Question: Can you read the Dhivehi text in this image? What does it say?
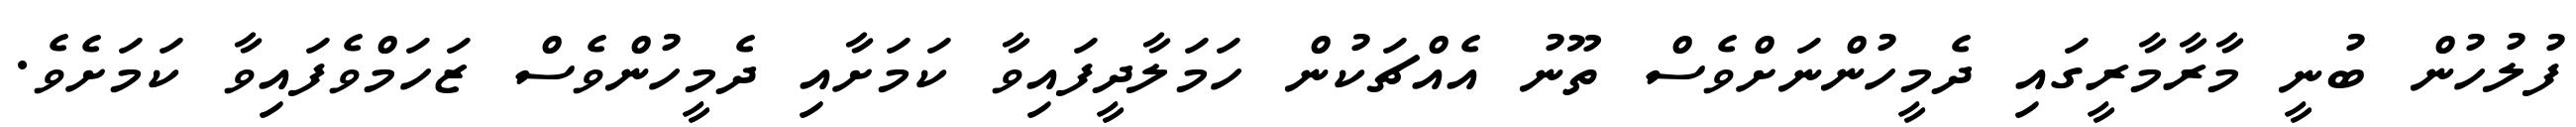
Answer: ފުލުހުން ބުނީ މާރާމާރީގައި ދެމީހުންނަށްވެސް ތޫނު އެއްޗަކުން ހަމަލާދީފައިވާ ކަމަށާއި ދެމީހުންވެސް ޒަހަމްވެފައިވާ ކަމަށެވެ.